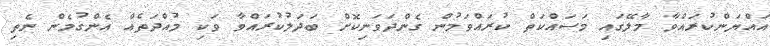
އައްޔަންކުރައްވާ މާލޭގައި މަސައްކަތް ކުރައްވަމުން ގެންދަވަނިކޮށް ބަދަލުކުރައްވާ ވަކި މުއްދަތެއް އެންގުމެން ނެތި